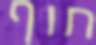
חוף